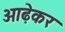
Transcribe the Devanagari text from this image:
ओढ़ेकर